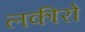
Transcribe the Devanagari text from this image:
लकीरो